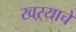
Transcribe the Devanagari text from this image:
खऱ्याचे